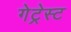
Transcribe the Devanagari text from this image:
गेट्रेस्ट